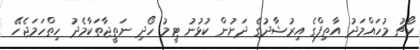
ކޯޗު މުހައްމަދު އާތިފްގެ އިރުޝާދުގެ ދަށުން ކުޅުނު ޓީމު ހޯދި ނަތީޖާތަކާމެދު ހިތްހަމަޖެހޭ